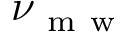
\nu _ { \mathrm { ~ m ~ w ~ } }